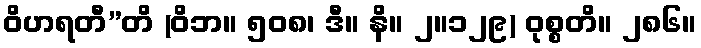
ဝိဟရတီ”တိ (ဝိဘ။ ၅၀၈၊ ဒီ။ နိ။ ၂။၁၂၉) ဝုစ္စတိ။ ၂၈၆။